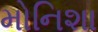
મોનિશા